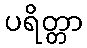
ပရိတ္တာ